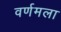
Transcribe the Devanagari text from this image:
वर्णमला